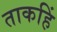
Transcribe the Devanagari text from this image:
ताकहिं